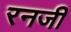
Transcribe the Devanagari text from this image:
रनजी